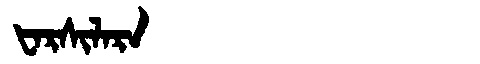
Manchu: ᡶᠠᡵᠰᡳᠯᠠᡵᠠ
Romanization: FARSILARA